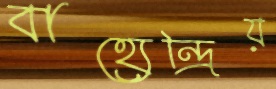
বাহ্যেন্দ্রিয়